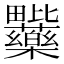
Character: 𭻽